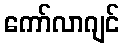
ကော်လာဂျင်